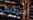
الترخيص